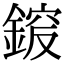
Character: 𨩵